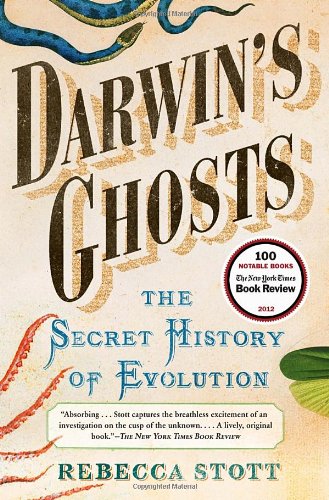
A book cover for Darwin's Ghosts: The Secret History of Evolution; Rebecca Stott; Science & Math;